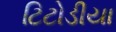
ટિટોડીયા